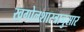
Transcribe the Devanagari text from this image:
खगोलशास्त्रानुसार